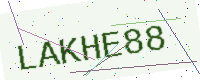
Text: LAKHE88